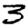
Digit: 3